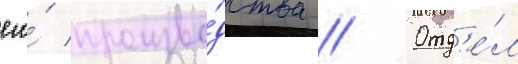
его́ произво́дства // Отд'е́л